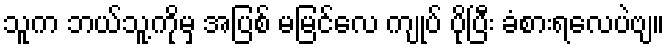
သူက ဘယ်သူ့ကိုမှ အပြစ် မမြင်လေ ကျုပ် ပိုပြီး ခံစားရလေပဲဗျ။